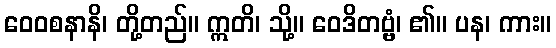
ဝေဝစနာနိ၊ တို့တည်။ ဣတိ၊ သို့။ ဝေဒိတဗ္ဗံ၊ ၏။ ပန၊ ကား။